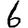
Digit: 6